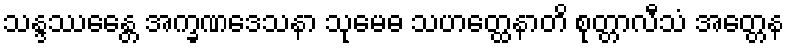
သန္ဒဿေန္တေ အက္ခဏဒေသနာ သုမေဓ သဟတ္ထေနာတိ စုတ္တာလီသံ အတ္တေန